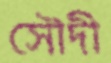
সৌদী